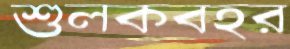
শুলকবহর